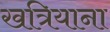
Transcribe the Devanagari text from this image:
खत्रियाना